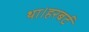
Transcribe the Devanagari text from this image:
था।हरबर्ट